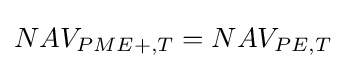
NAV_{PME+,T}=NAV_{PE,T}